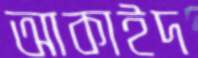
আকাইদ